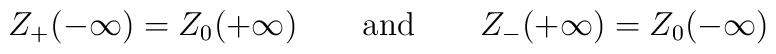
Z_{+}(-\infty )=Z_{0}(+\infty )\qquad \textrm{and}\qquad Z_{-}(+\infty )=Z_{0}(-\infty )